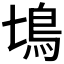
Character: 𩾔